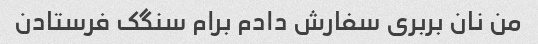
من نان بربری سفارش دادم برام سنگک فرستادن